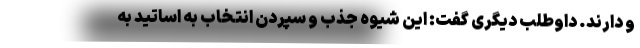
و دارند. داوطلب دیگری گفت: این شیوه جذب و سپردن انتخاب به اساتید به